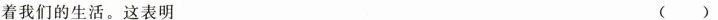
着我们的生活。这表明 ( )